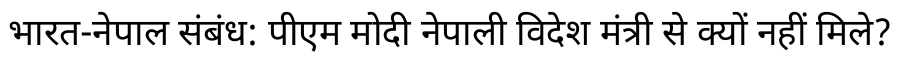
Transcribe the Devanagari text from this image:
भारत-नेपाल संबंध: पीएम मोदी नेपाली विदेश मंत्री से क्यों नहीं मिले?